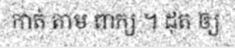
កាត់ តាម ពាក្យ ។ ដុត ឲ្យ